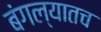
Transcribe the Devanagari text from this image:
बंगल्यातच